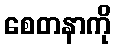
စေတနာကို